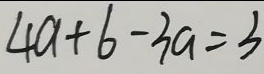
4 a + 6 - 3 a = 3